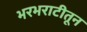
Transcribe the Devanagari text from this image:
भरभराटीतून